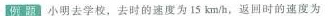
小明去学校，去时的速度为15km/h，返回时的速度为